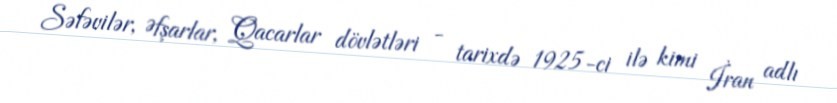
Səfəvilər, Əfşarlar, Qacarlar dövlətləri - tarixdə 1925-ci ilə kimi İran adlı